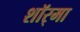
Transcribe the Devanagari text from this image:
शॉर्‌मा